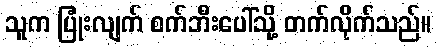
သူက ပြုံးလျက် စက်ဘီးပေါ်သို့ တက်လိုက်သည်။